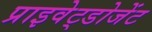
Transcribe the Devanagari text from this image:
प्राइवेट्डोजेंट